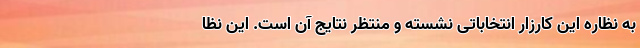
به نظاره این کارزار انتخاباتی نشسته و منتظر نتایج آن است. این نظا